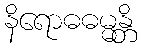
နိရောဓဓမ္မန္တိ